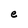
Character: e